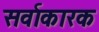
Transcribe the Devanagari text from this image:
सर्वाकारक